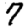
Digit: 7